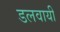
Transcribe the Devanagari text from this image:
डलवायी